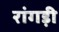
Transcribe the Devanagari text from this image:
रांगड़ी